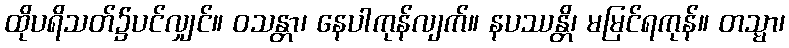
ထိုပရိသတ်၌ပင်လျှင်။ ဝသန္တာ၊ နေပါကုန်လျက်။ နပဿန္တိ၊ မမြင်ရကုန်။ တသ္မာ၊